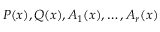
P ( x ) , Q ( x ) , A _ { 1 } ( x ) , \ldots , A _ { r } ( x )